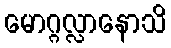
မောဂ္ဂလ္လာနောသိ